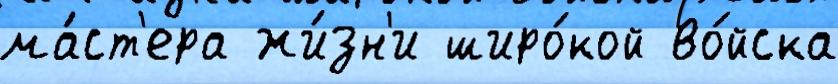
ма́ст'ера жи́зн'и широ́кой во́йска